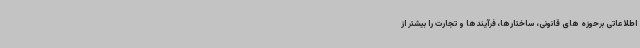
اطلاعاتی برحوزه های قانونی، ساختارها، فرآیندها و تجارت را بیشتر از